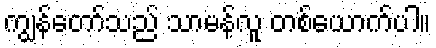
ကျွန်တော်သည် သာမန်လူ တစ်ယောက်ပါ။